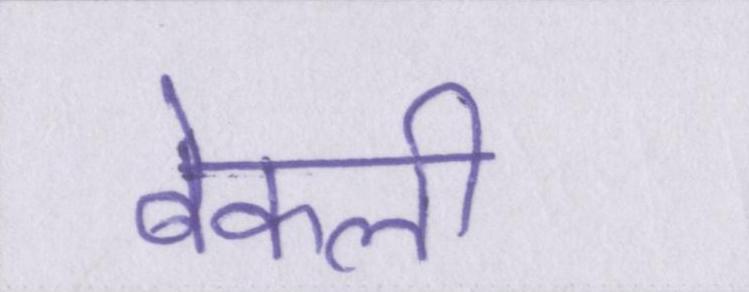
बेकली